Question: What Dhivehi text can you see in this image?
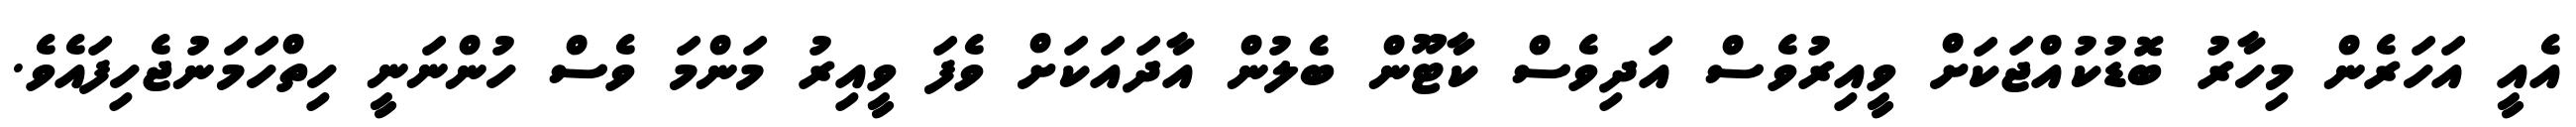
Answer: އެއީ އަހަރެން މިހާރު ބޮޑުކުއްޖަކަށް ވީއިރުވެސް އަދިވެސް ކާޓޫން ބެލުން އާދައަކަށް ވެފަ ވީއިރު މަންމަ ވެސް ހުންނަނީ ހިތްހަމަނުޖެހިފައެވެ.